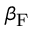
\beta _ { \mathrm { F } }